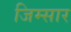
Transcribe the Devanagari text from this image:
जिम्सार